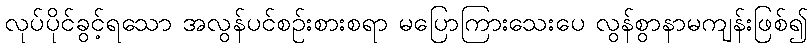
လုပ်ပိုင်ခွင့်ရသော အလွန်ပင်စဉ်းစားစရာ မပြောကြားသေးပေ လွန်စွာနာမကျန်းဖြစ်၍